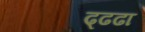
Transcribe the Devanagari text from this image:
ढ्ढढा